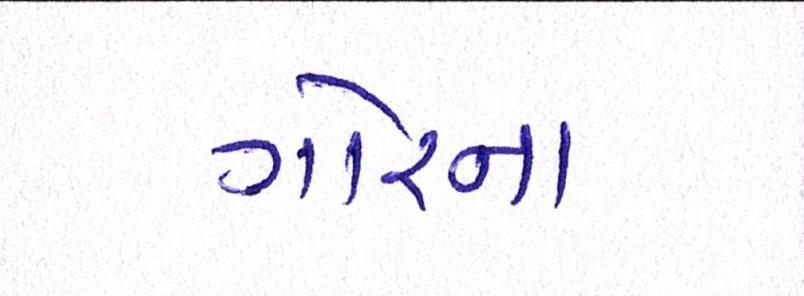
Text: ગોરના